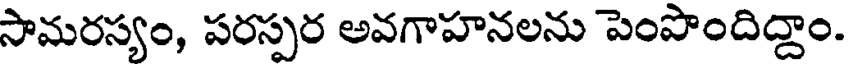
సామరస్యం, పరస్పర అవగాహనలను పెంపొందిద్దాం.